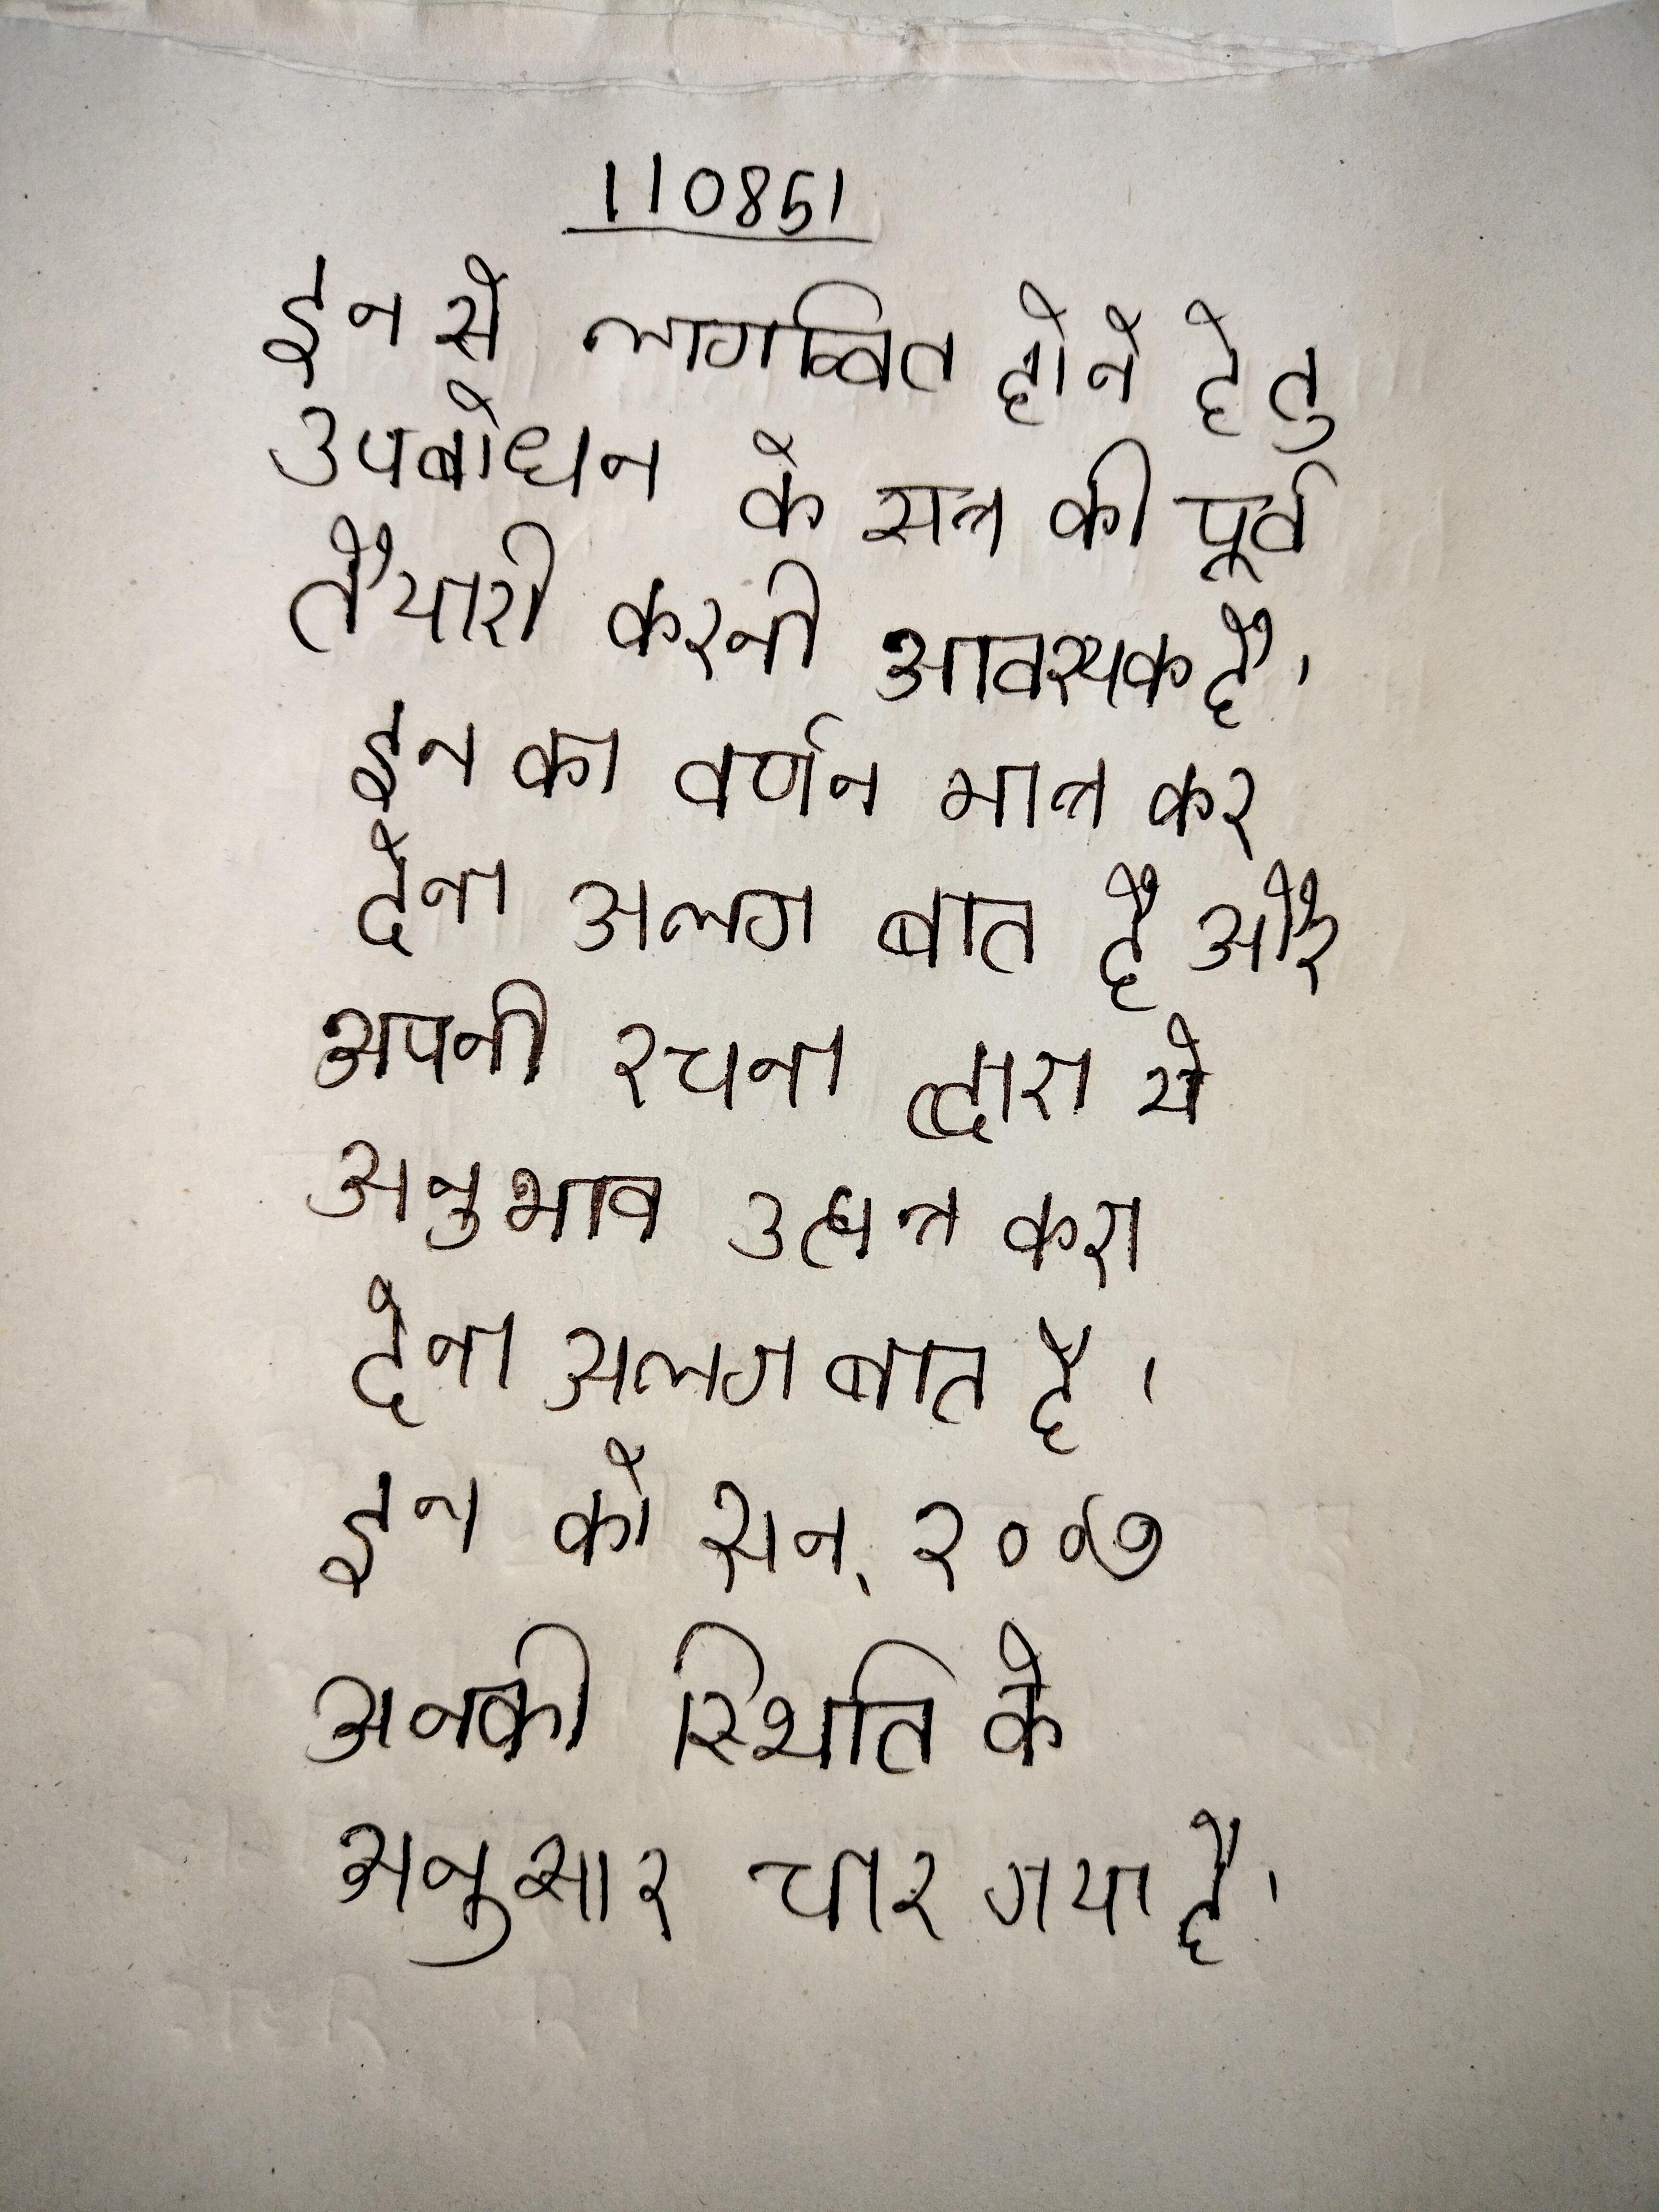
इन से लाभान्वित होने हेतु उपबोधन के सत्र की पूर्व तैयारी करनी आवश्यक है । इन का वर्णन मात्र कर देना अलग बात है और अपनी रचना द्वारा ये अनुभाव उत्पन्न करा देना अलग बात है । इन को सन् २००७ उनकी स्थिति के अनुसार चार गया है ।